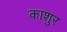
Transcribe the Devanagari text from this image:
काशुर